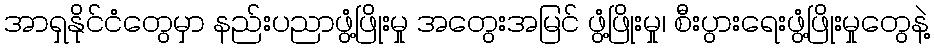
အာရှနိုင်ငံတွေမှာ နည်းပညာဖွံ့ဖြိုးမှု အတွေးအမြင် ဖွံ့ဖြိုးမှု၊ စီးပွားရေးဖွံ့ဖြိုးမှုတွေနဲ့